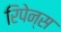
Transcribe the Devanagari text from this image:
रिपेन्स